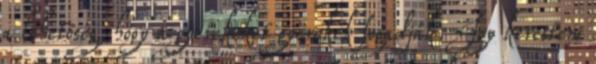
a lehetőség, hogy a gyerekeket gyerekek fogadják. Így kerestem